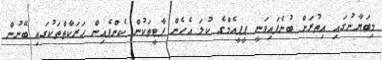
މިބަޔާނުގައި އިތުރަށް ބުނެފައިވަނީ ޕީޕީއެމްގެ ކުލަ އެހެން ޕާޓީތަކުން ކެންޕެއިން ޙަރަކާތްތަކުގައި ބޭނުން